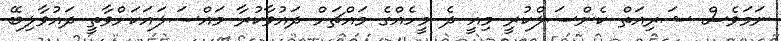
ނަމަވެސް ޝަރިއަތް ކެންސަލްކުރީ މިއީ ދެ މީހެއްގެ މައްޗަށް ދައުވާކުރާ މައްސަލައަކަށްވާތީ ދައުވާލިބޭ